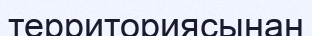
территориясынан